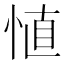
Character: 㥀